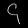
Digit: ၄